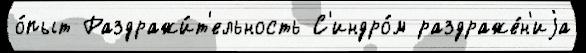
о́пыт Раздражи́т'ельность С'индро́м раздраже́н'иjа